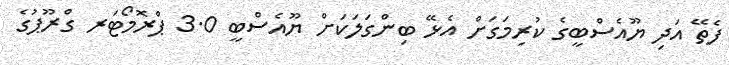
ފެތޭ އަދި ޔޫއެސްބީގެ ކުރިމަގަށް އެޅޭ ބިންގަލަކަށް ޔޫއެސްބީ 3.0 ޕްރޮމޯޓަރ ގްރޫޕުގެ